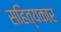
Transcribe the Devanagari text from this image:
सहित्यकार